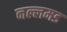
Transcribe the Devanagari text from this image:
नल्लमड